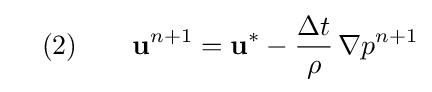
\quad (2)\qquad \mathbf {u} ^{n+1}=\mathbf {u} ^{*}-{\frac {\Delta t}{\rho }}\,\nabla p^{n+1}